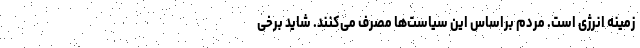
زمینه انرژی است. مردم براساس این سیاست‌ها مصرف می‌کنند. شاید برخی